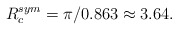
\begin{align*}R_c^{sym}=\pi/0.863 \approx 3.64.\end{align*}